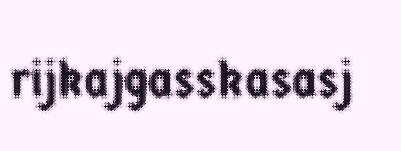
rijkajgasskasasj